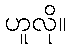
ဟူလို။